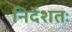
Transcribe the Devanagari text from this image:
निर्देशतः